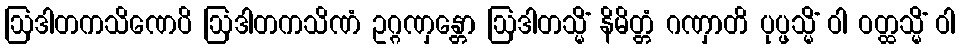
ဩဒါတကသိဏေပိ ဩဒါတကသိဏံ ဥဂ္ဂဏှန္တော ဩဒါတသ္မိံ နိမိတ္တံ ဂဏှာတိ ပုပ္ဖသ္မိံ ဝါ ဝတ္ထသ္မိံ ဝါ